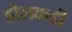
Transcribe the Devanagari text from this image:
हौलकडी